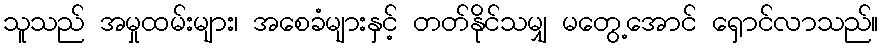
သူသည် အမှုထမ်းများ၊ အစေခံများနှင့် တတ်နိုင်သမျှ မတွေ့အောင် ရှောင်လာသည်။